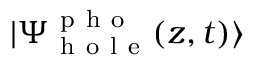
| \Psi _ { \mathrm { ~ h ~ o ~ l ~ e ~ } } ^ { \mathrm { ~ p ~ h ~ o ~ } } ( z , t ) \rangle